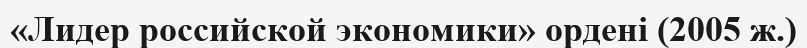
«Лидер российской экономики» ордені (2005 ж.)